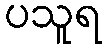
ပသူရ